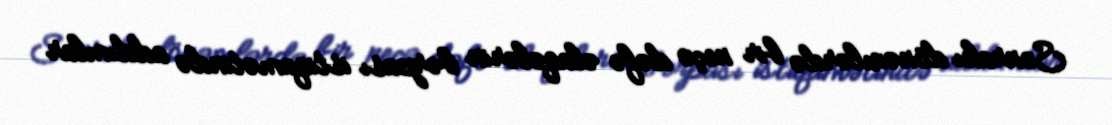
Sonrakı dönəmlərdə bir neçə dəfə əlaqələrin bərpası istiqamətində addımlar